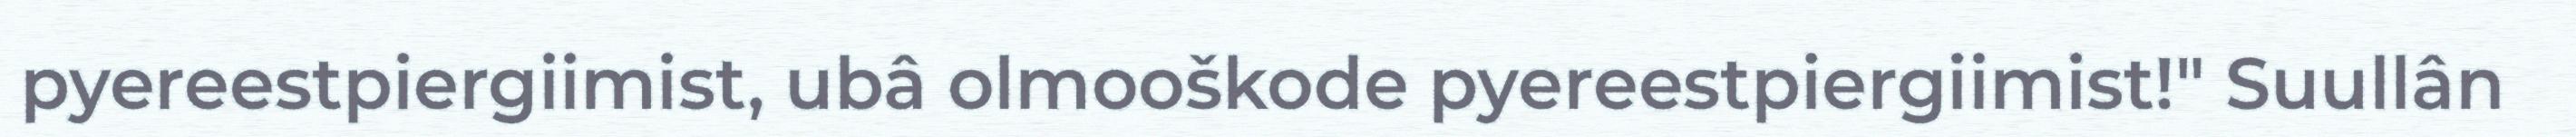
pyereestpiergiimist, ubâ olmooškode pyereestpiergiimist!" Suullân